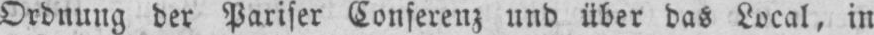
Ordnung der Pariser Conferenz und über das Local, in